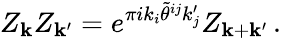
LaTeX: Z_{{\mathbf k}}Z_{{\mathbf k}^{\prime}}=e^{\pi ik_{i}\tilde{\theta}^{ij}k_{j}^{\prime}}Z_{{\mathbf k}+{\mathbf k}^{\prime}}\, .